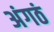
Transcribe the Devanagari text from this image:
अंगठं